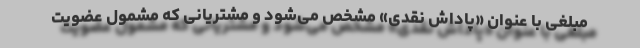
مبلغی با عنوان «پاداش نقدی» مشخص می‌شود و مشتریانی که مشمول عضویت